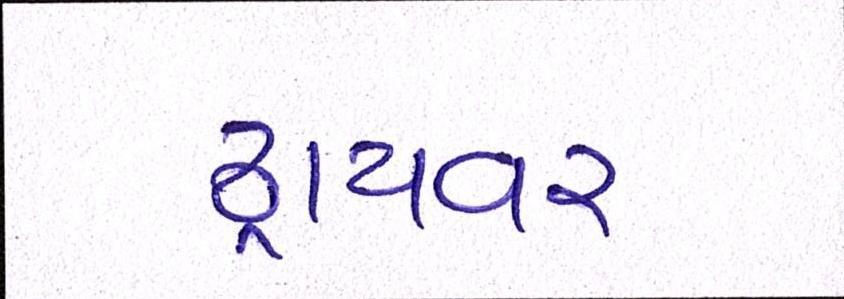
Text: ડ્રાયવર